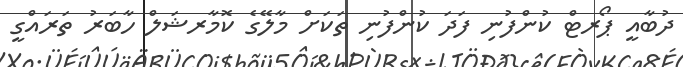
ދުބާއީ ޕޯރޓް ކުންފުނި ފަދަ ކުންފުނި ތަކަށް މާލޭގެ ކޮމާރޝަލް ހާބަރު ތަރައްގީ